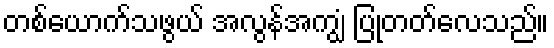
တစ်ယောက်သဖွယ် အလွန်အကျွံ ပြုတတ်လေသည်။